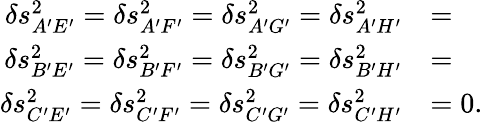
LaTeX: \begin{array}{rl}{\delta s_{A^{\prime}E^{\prime}}^{2}=\delta s_{A^{\prime}F^{\prime}}^{2}=\delta s_{A^{\prime}G^{\prime}}^{2}=\delta s_{A^{\prime}H^{\prime}}^{2}}&{=}\\ {\delta s_{B^{\prime}E^{\prime}}^{2}=\delta s_{B^{\prime}F^{\prime}}^{2}=\delta s_{B^{\prime}G^{\prime}}^{2}=\delta s_{B^{\prime}H^{\prime}}^{2}}&{=}\\ {\delta s_{C^{\prime}E^{\prime}}^{2}=\delta s_{C^{\prime}F^{\prime}}^{2}=\delta s_{C^{\prime}G^{\prime}}^{2}=\delta s_{C^{\prime}H^{\prime}}^{2}}&{=0.}\end{array}